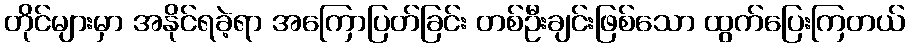
တိုင်များမှာ အနိုင်ရခဲ့ရာ အကြောပြတ်ခြင်း တစ်ဦးချင်းဖြစ်သော ထွက်ပြေးကြတယ်